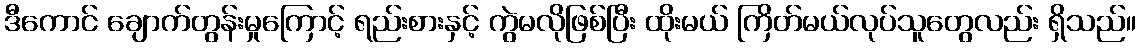
ဒီကောင် ချောက်တွန်းမှုကြောင့် ရည်းစားနှင့် ကွဲမလိုဖြစ်ပြီး ထိုးမယ် ကြိတ်မယ်လုပ်သူတွေလည်း ရှိသည်။